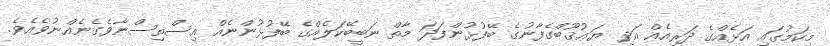
މިކަމުގައި އަޅެއްގެ ދަރިއެއް އަދި ޔަޢުޤޫބްގެފާނުގެ ބޭފުޅުންފަދަ މާތް ނަބީބޭކަލެއްގެ ބޭފުޅުންނެއް އިސްތިސްނާވެގެނެއްނުވެއެވެ.